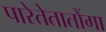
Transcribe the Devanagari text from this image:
पारेतेतातोंगा